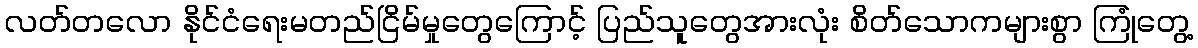
လတ်တလော နိုင်ငံရေးမတည်ငြိမ်မှုတွေကြောင့် ပြည်သူတွေအားလုံး စိတ်သောကများစွာ ကြုံတွေ့